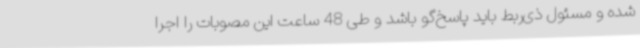
شده و مسئول ذی‌ربط باید پاسخ‌گو باشد و طی 48 ساعت این مصوبات را اجرا